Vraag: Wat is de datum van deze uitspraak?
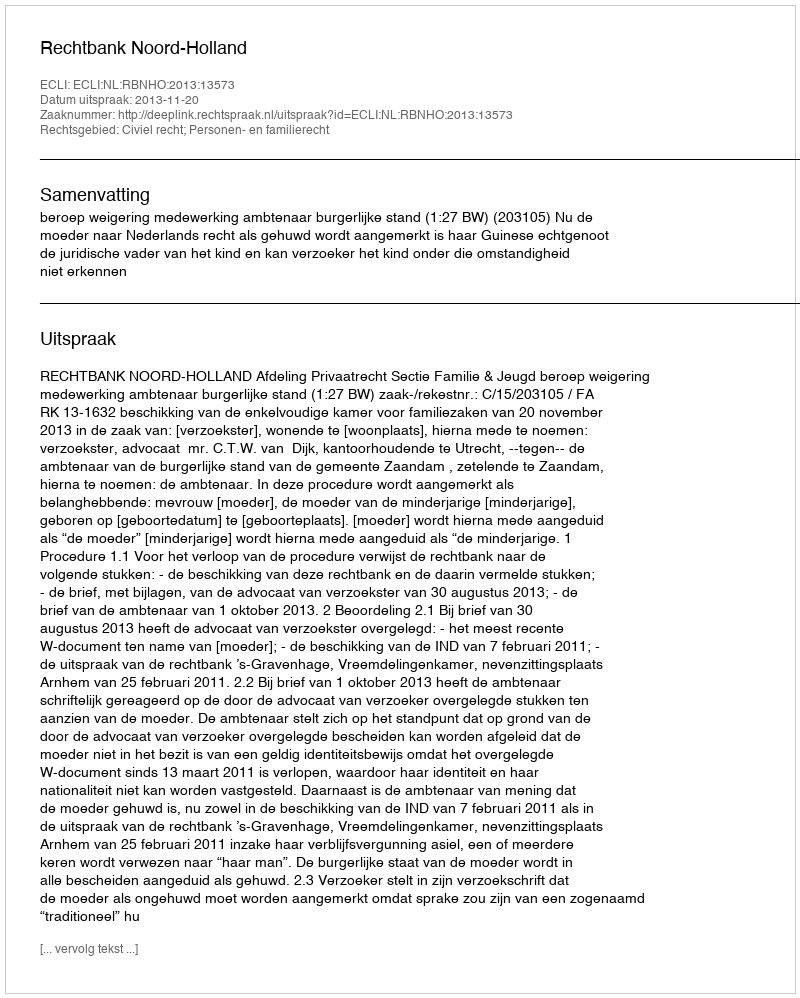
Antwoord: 2013-11-20